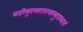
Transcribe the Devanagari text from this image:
महीसुरवरास्त्वत्सुप्रभातं